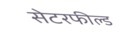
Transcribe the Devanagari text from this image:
सेटरफील्ड